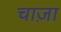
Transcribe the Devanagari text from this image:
चाज़ा